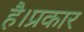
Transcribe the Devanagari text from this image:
है।प्रकार